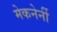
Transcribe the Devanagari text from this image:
मेकनेर्नी